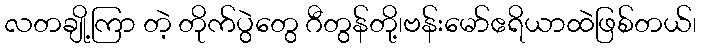
လတချို့ကြာ တဲ့ တိုက်ပွဲတွေ ဂီတွန်တို့၊ဗန်းမော်ဧရိယာထဲဖြစ်တယ်၊